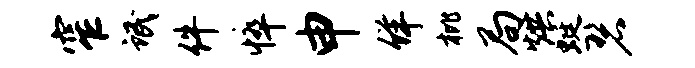
窄氓件悴申佯枇局烘蜓碧